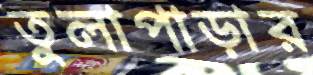
তুলাপাড়ার